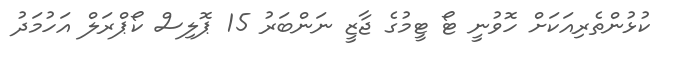
ކުޅުންތެރިއަކަށް ހޮވުނީ ޓޯ ޓީމުގެ ޖާޒީ ނަންބަރު 15 ޕޮލިސް ކޯޕްރަލް އަހުމަދު